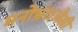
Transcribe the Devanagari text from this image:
मनोभ्रंशजैसी